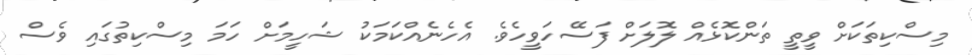
މިސްކިތަކަށް ވީތީ ތަންކޮޅެއް ލޮލަށް ފަސޭހަވީހެވެ. އެހެނެއްކަމަކު ޝަހީމަށް ހަމަ މިސްކިތުގައި ވެސް